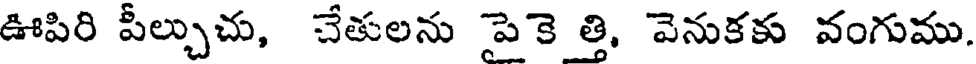
ఊపిరి పీల్చుచు, చేతులను పెకె త్తి, వెనుకకు వంగుము.